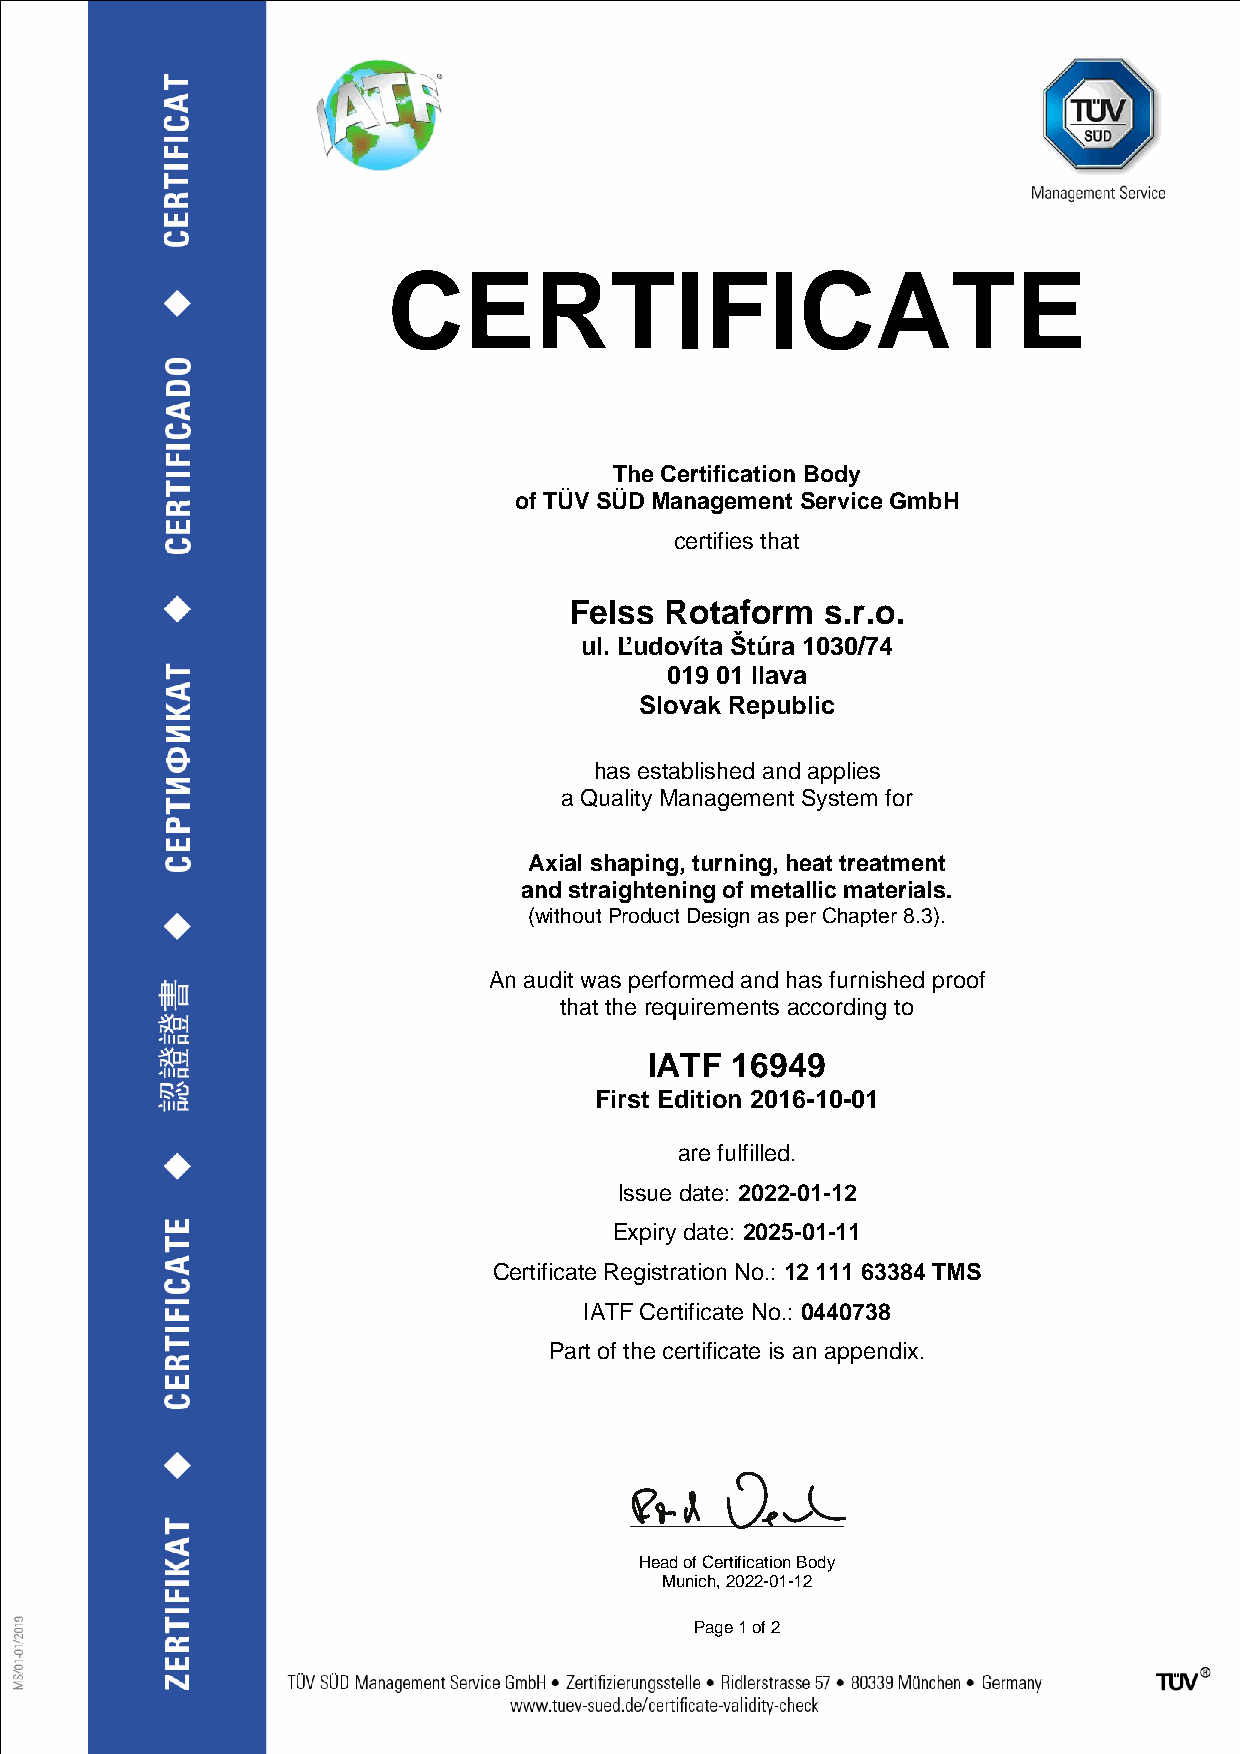
CERTIFICATE
 The Certification Body
 of TÜV SÜD Management Service GmbH
 certifies that
 Felss Rotaform   s.r.o.
 ul. Ľudovíta Štúra 1030/74
 019 01 Ilava
 Slovak Republic
 has established and applies
 a Quality Management System for
 Axial shaping, turning, heat treatment
 and straightening of metallic materials.
 (without Product Design as per Chapter 8.3).
 An audit was performed and has furnished proof
 that the requirements according to
 IATF 16949
 First Edition 2016-10-01
 are fulfilled.
 Issue date: 2022-01-12
 Expiry date: 2025-01-11
 Certificate Registration No.: 12 111 63384 TMS
 IATF Certificate No.: 0440738
 Part of the certificate is an appendix.
 Head of Certification Body
 Munich, 2022-01-12
 Page 1 of 2